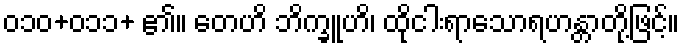
၀၁၀+၀၁၁+ ၏။ တေဟိ ဘိက္ခူဟိ၊ ထိုငါးရာသောရဟန္တာတို့ဖြင့်။